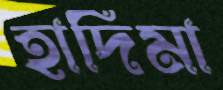
হাদিমা